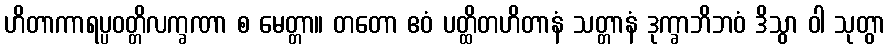
ဟိတာကာရပ္ပဝတ္တိလက္ခဏာ စ မေတ္တာ။ တတော ဧဝံ ပတ္ထိတဟိတာနံ သတ္တာနံ ဒုက္ခာဘိဘဝံ ဒိသွာ ဝါ သုတွာ